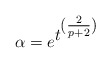
\begin{align*}\alpha=e^{ \textstyle t^{ \textstyle (\frac{2}{p+2}) } }\end{align*}